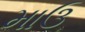
માઉ